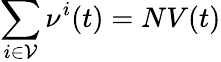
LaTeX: \sum_{i\in\mathcal{V}}\nu^{i}(t)=NV(t)